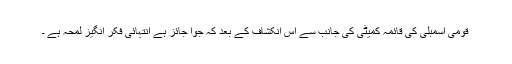
قومی اسمبلی کی قائمہ کمیٹی کی جانب سے اس انکشاف کے بعد کہ جوا جائز ہے انتہائی فکر انگیز لمحہ ہے ۔